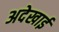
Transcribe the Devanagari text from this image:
अदेखाई